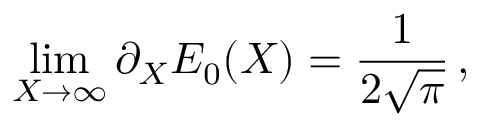
\operatorname * { l i m } _ { X \rightarrow \infty } \partial _ { X } E _ { 0 } ( X ) = { \frac { 1 } { 2 \sqrt { \pi } } } \, ,